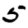
Digit: 5